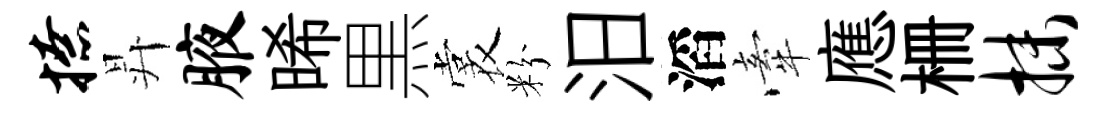
撩昇腋晞黒裳粉汨滔牽應栅抹